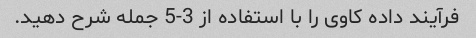
فرآیند داده کاوی را با استفاده از 3-5 جمله شرح دهید.